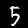
Label: 5